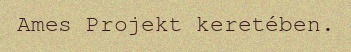
Ames Projekt keretében.